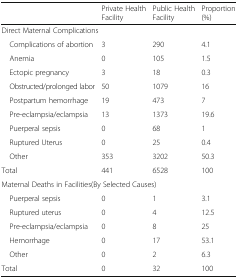
<table><thead><tr><td></td><td><b>Private Health Facility</b></td><td><b>Public Health Facility</b></td><td><b>Proportion (%)</b></td></tr></thead><tbody><tr><td colspan="4">Direct Maternal Complications</td></tr><tr><td> Complications of abortion</td><td>3</td><td>290</td><td>4.1</td></tr><tr><td> Anemia</td><td>0</td><td>105</td><td>1.5</td></tr><tr><td> Ectopic pregnancy</td><td>3</td><td>18</td><td>0.3</td></tr><tr><td> Obstructed/prolonged labor</td><td>50</td><td>1079</td><td>16</td></tr><tr><td> Postpartum hemorrhage</td><td>19</td><td>473</td><td>7</td></tr><tr><td> Pre-eclampsia/eclampsia</td><td>13</td><td>1373</td><td>19.6</td></tr><tr><td> Puerperal sepsis</td><td>0</td><td>68</td><td>1</td></tr><tr><td> Ruptured Uterus</td><td>0</td><td>25</td><td>0.4</td></tr><tr><td> Other</td><td>353</td><td>3202</td><td>50.3</td></tr><tr><td>Total</td><td>441</td><td>6528</td><td>100</td></tr><tr><td colspan="4">Maternal Deaths in Facilities(By Selected Causes)</td></tr><tr><td> Puerperal sepsis</td><td>0</td><td>1</td><td>3.1</td></tr><tr><td> Ruptured uterus</td><td>0</td><td>4</td><td>12.5</td></tr><tr><td> Pre-eclampsia/eclampsia</td><td>0</td><td>8</td><td>25</td></tr><tr><td> Hemorrhage</td><td>0</td><td>17</td><td>53.1</td></tr><tr><td> Other</td><td>0</td><td>2</td><td>6.3</td></tr><tr><td>Total</td><td>0</td><td>32</td><td>100</td></tr></tbody></table>